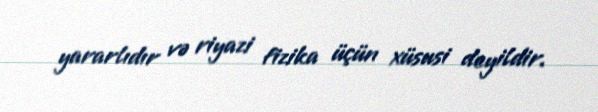
yararlıdır və riyazi fizika üçün xüsusi deyildir.